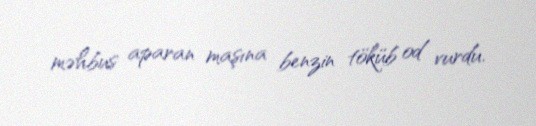
məhbus aparan maşına benzin töküb od vurdu.